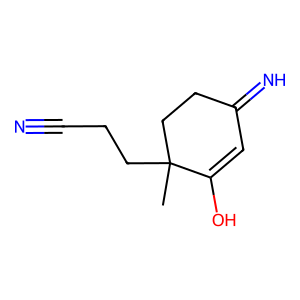
SMILES: CC1(CCC#N)CCC(=N)C=C1O
Inhibits HIV replication: No